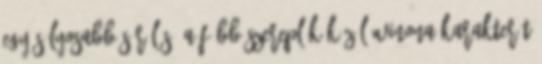
egy súlyosabb sérülés. A főbb szereplők közül Winona karakterét